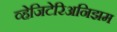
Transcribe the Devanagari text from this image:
व्हेजिटेरिअनिझम